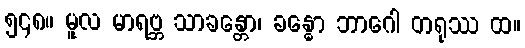
၅၄၈။ မူလ မာရဗ္ဘ သာခန္တော၊ ခန္ဓော ဘာဂေါ တရုဿ ထ။